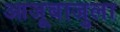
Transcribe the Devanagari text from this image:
आजूबाजुला